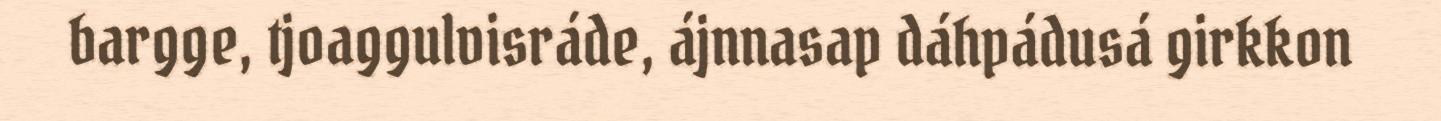
bargge, tjoaggulvisráde, ájnnasap dáhpádusá girkkon